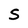
Character: S